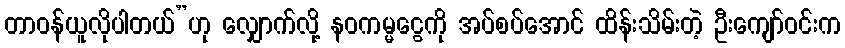
တာဝန်ယူလိုပါတယ်”ဟု လျှောက်လို့ နဝကမ္မငွေကို အပ်စပ်အောင် ထိန်းသိမ်းတဲ့ ဦးကျော်ဝင်းက